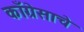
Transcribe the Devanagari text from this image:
काँग्रेसाचे